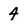
Character: 4